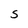
Character: S